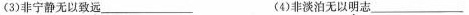
(3)非宁静无以致远___ (4)非淡泊无以明志___